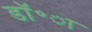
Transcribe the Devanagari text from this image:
डॉ॰ा